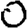
Digit: 0